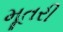
મૂતરી